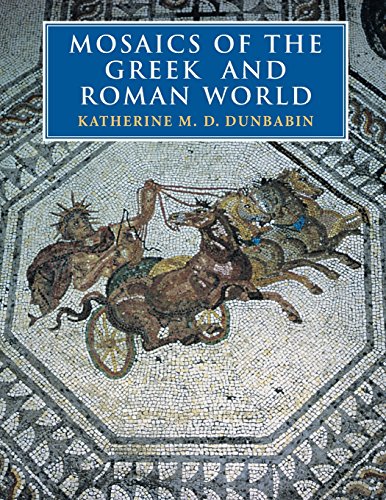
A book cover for Mosaics of the Greek and Roman World; Katherine M. D. Dunbabin; Crafts, Hobbies & Home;